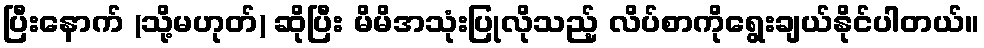
ပြီးနောက် (သို့မဟုတ်) ဆိုပြီး မိမိအသုံးပြုလိုသည့် လိပ်စာကိုရွေးချယ်နိုင်ပါတယ်။